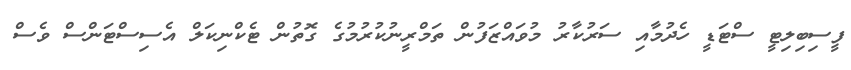
ފީސިބިލިޓީ ސްޓަޑީ ހެދުމާއި ސަރުކާރު މުވައްޒަފުން ތަމްރީނުކުރުމުގެ ގޮތުން ޓެކްނިކަލް އެސިސްޓަންސް ވެސް